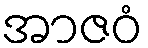
အာဇဝံ